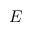
E